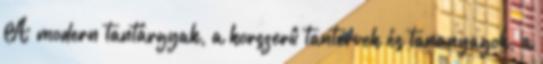
A modern tantárgyak, a korszerû tantervek és tananyagok, a